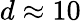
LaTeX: d\approx 10